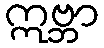
ဣဗ္ဘာ